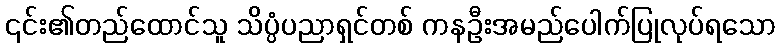
၎င်း၏တည်ထောင်သူ သိပ္ပံပညာရှင်တစ် ကနဦးအမည်ပေါက်ပြုလုပ်ရသော